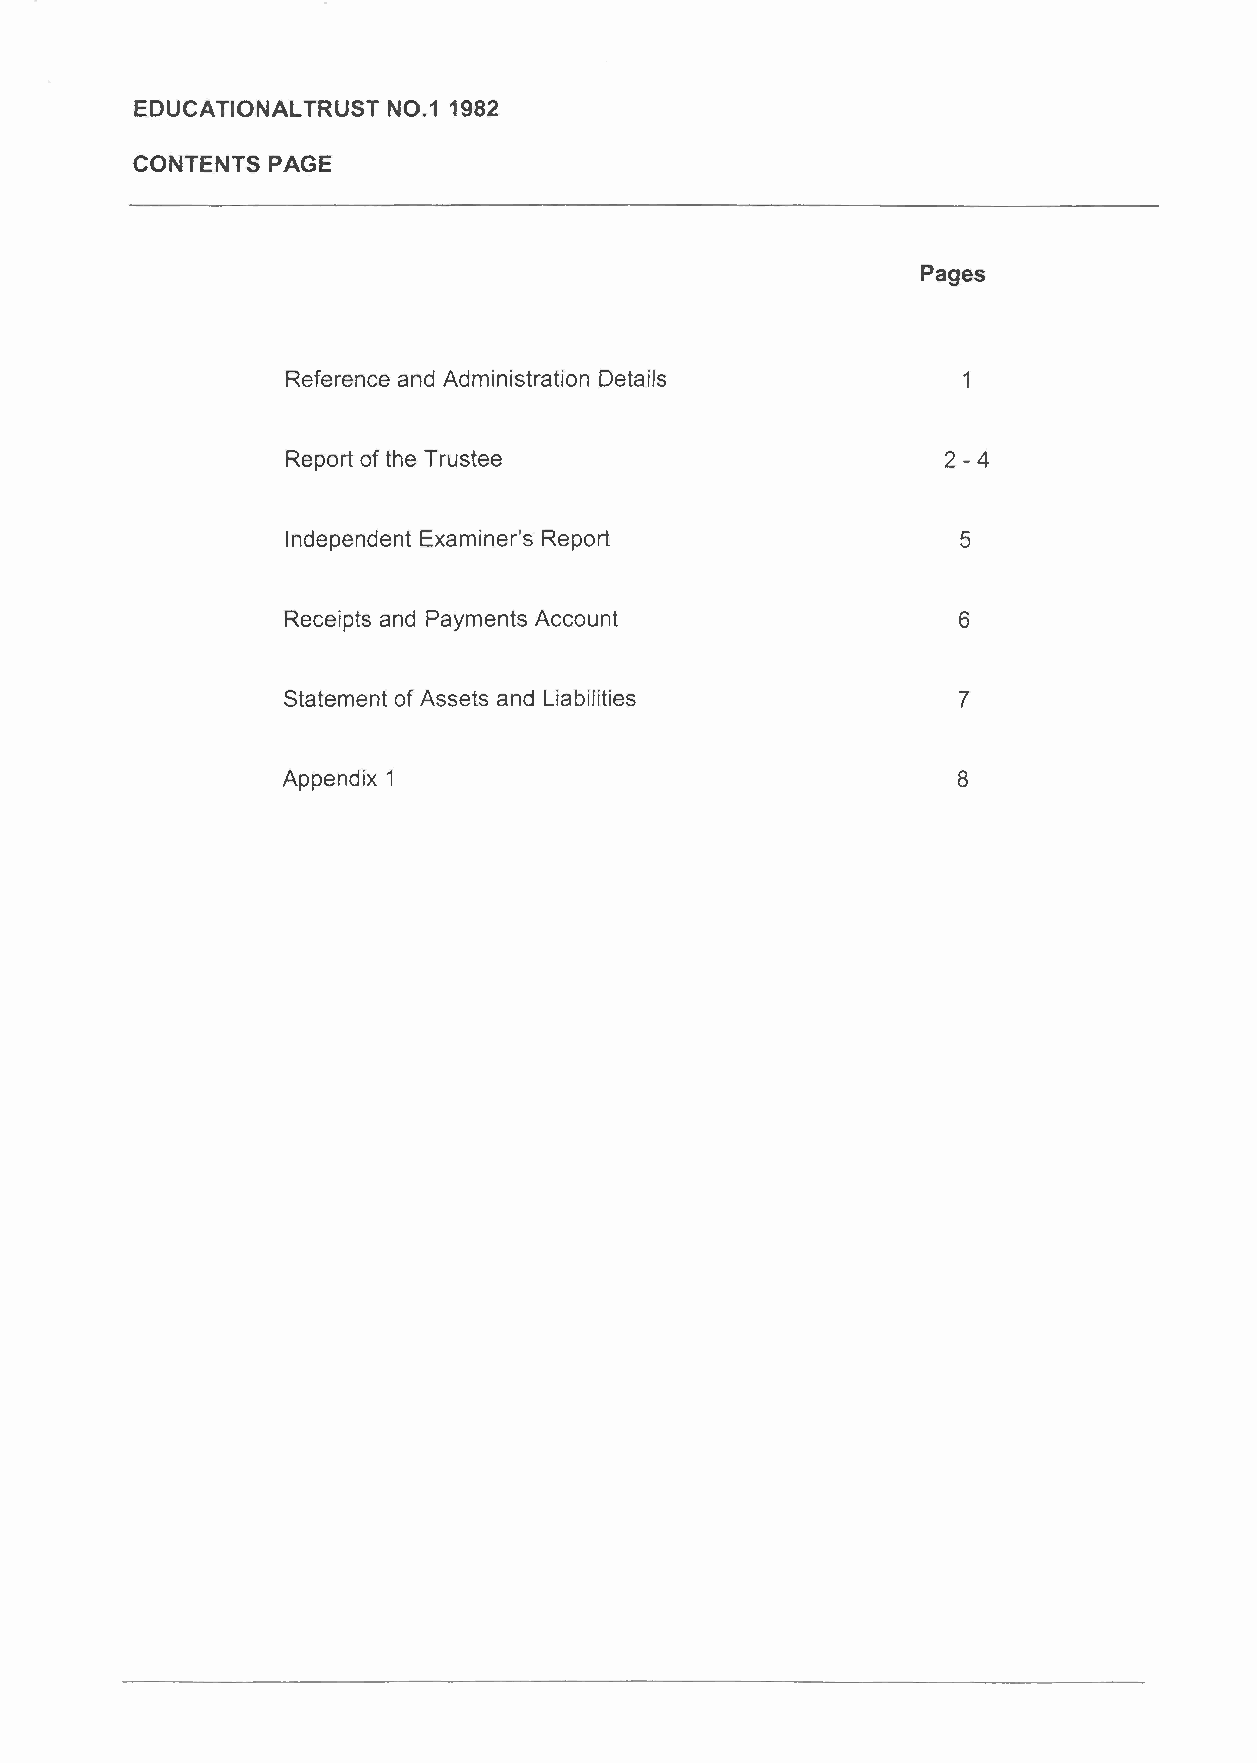
EDUCATIONAL TRUST NO.1 1982
 CONTENTS PAGE
 Pages
 Reference and Administration Details         1
 Report of the Trustee                      2-4
 Independent Examiner's Report               5
 Receipts and Payments Account               6
 Statement of Assets and Liabilities         7
 Appendix 1                                  8